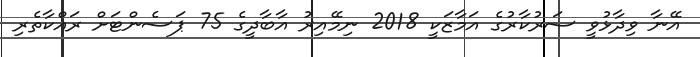
އޭނާ ވިދާޅުވީ ސަރުކާރުގެ އަމާޒަކީ 2018 ނިމޭއިރު އާބާދީގެ 75 ޕަސެންޓަށް ރައްކާތެރި